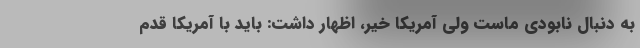
به دنبال نابودی ماست ولی آمریکا خیر، اظهار داشت: باید با آمریکا قدم